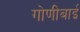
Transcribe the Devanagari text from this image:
गोणीबाई